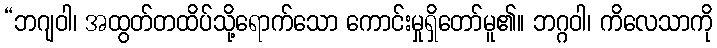
“ဘဂျဝါ၊ အထွတ်တထိပ်သို့ရောက်သော ကောင်းမှုရှိတော်မူ၏။ ဘဂ္ဂဝါ၊ ကိလေသာကို